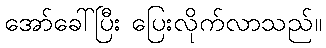
အော်ခေါ်ပြီး ပြေးလိုက်လာသည်။